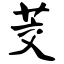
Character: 茭